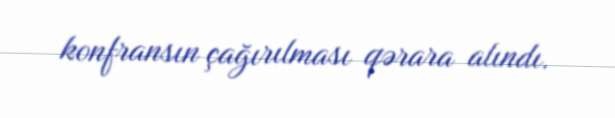
konfransın çağırılması qərara alındı.